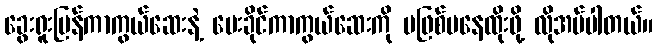
ခွေးရူးပြန်ကာကွယ်ဆေးနဲ့ မေးခိုင်ကာကွယ်ဆေးကို မဖြစ်မနေထိုးဖို့ လိုအပ်ပါတယ်။